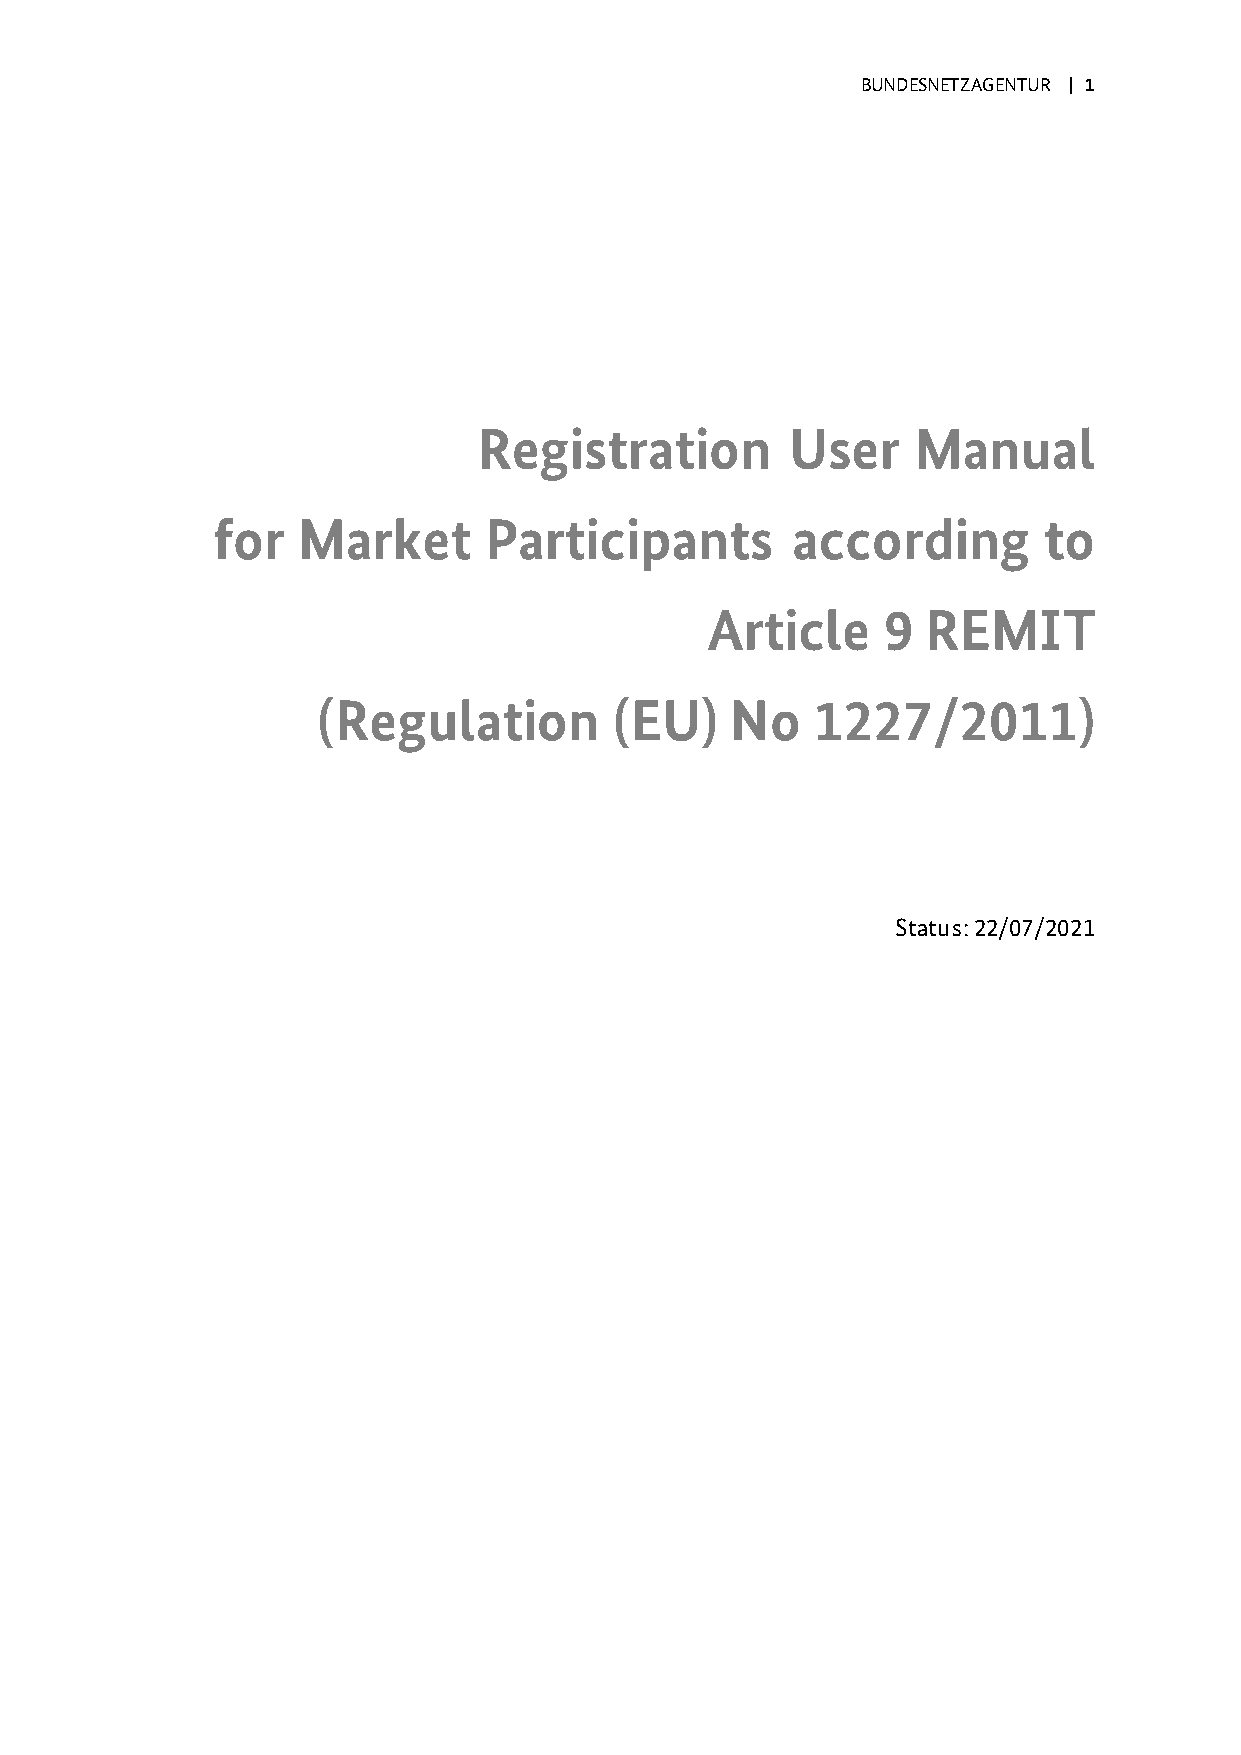
BUNDESNETZAGENTUR | 1
 Registration        User    Manual
 for   Market      Participants        according        to
 Article     9 REMIT
 (Regulation         (EU)   No    1227/2011)
 Status: 22/07/2021